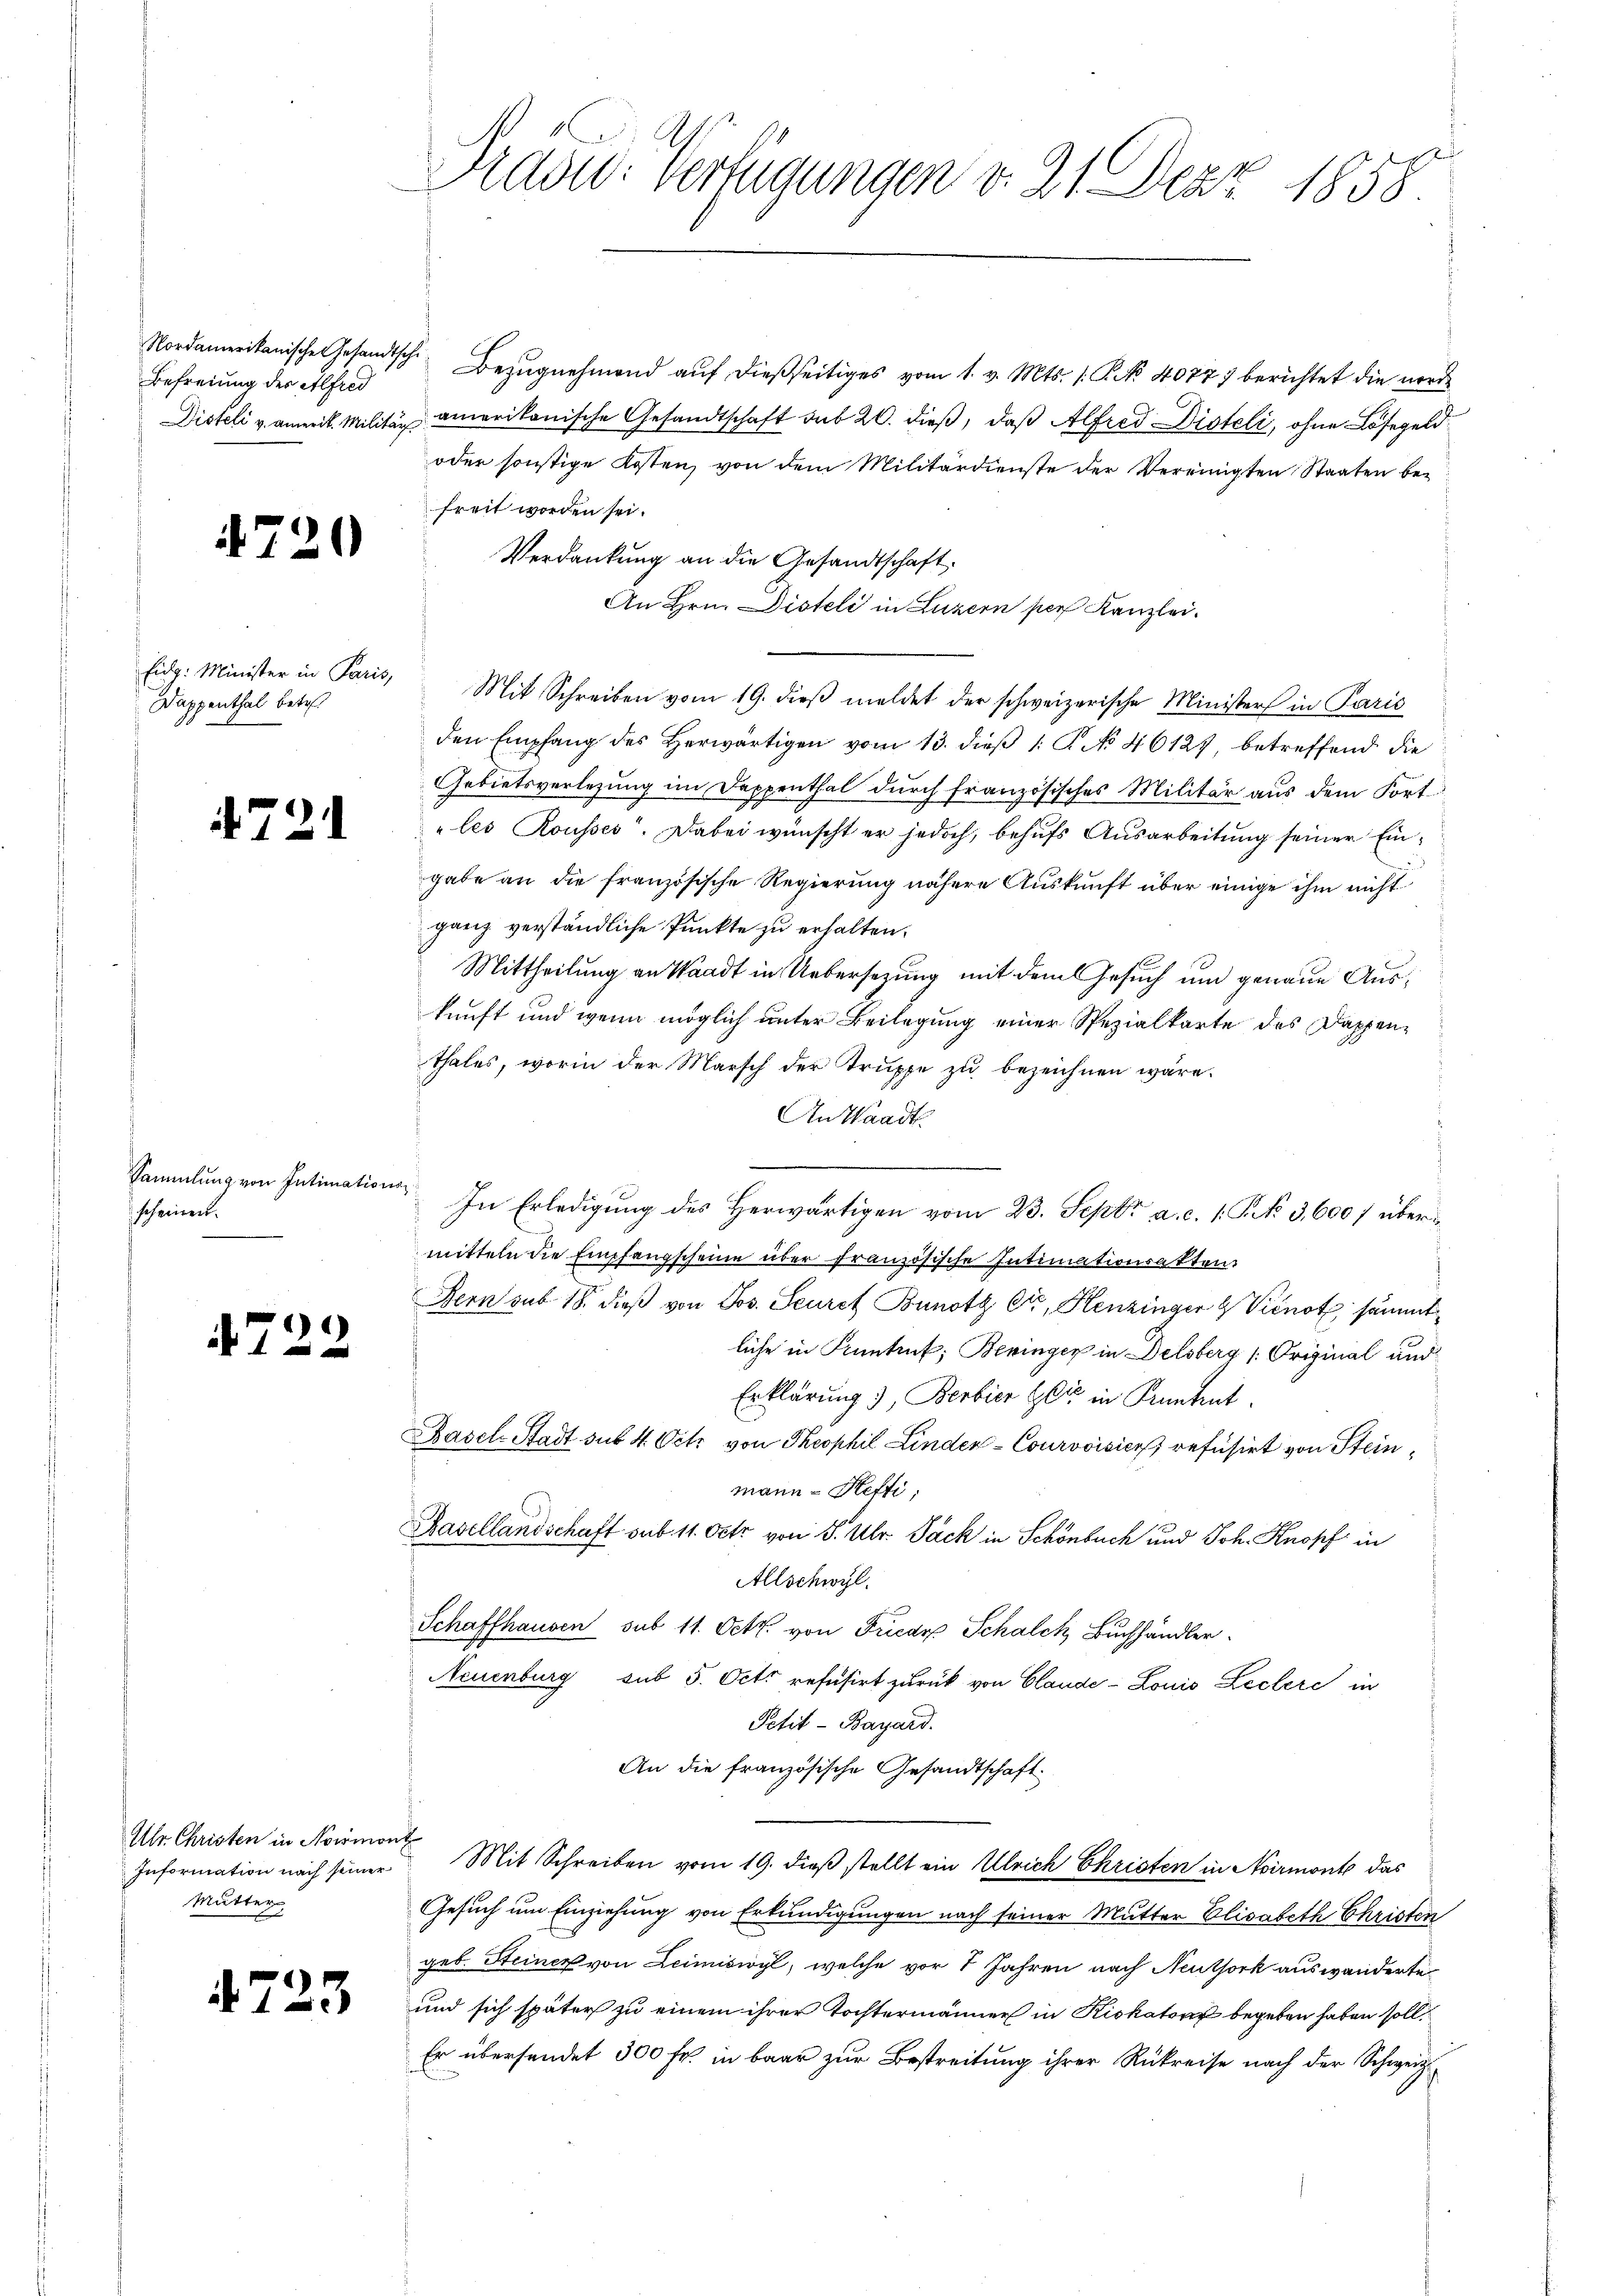
Befreiung der Alfred

720

Dappenthal betr.

721

Sammlung von Intimations
scheinert.

)
f 4 x

Ulr. Christen in Normont
Mutter

7

23

Nordamerikanische Gesandtsche Bezŭgnehmend aŭf dießseitiges vom 1. v. Mts. 1. K. N. 40777 berichtet die werde
Disfeli v. aneit. Militär amerikanische Gesandtschaft sub 20. dieß, daß Alfred Disteli, ohne Lösegeld¬
oder sonstige Kosten, von dem Militärdienste der Vereinigten Staaten befreit worden sei.
Verdankung an die Gesandtschaft.
An Hrn. Disteli in Luzern per Kanzlei.
Eidg. Minister in Paris, Mit Schreiben vom 19. dieβ meldet der schweizerische Ministers in Paris
den Empfang des herwärtigen vom 13. dieβ 1: P. No. 46127, betreffend die
Gebietsverlegung im Dappenthal durch französisches Militär aus dem Fort¬
„les Rousses. Dabei wünscht er jedoch, behufs Ausarbeitung seiner Eingabe an die französische Regierung nähere Auskunft über einige ihm nicht
ganz verständliche Punkte zu erhalten.
Mittheilung an Waadt in Uebersezung mit dem Gesuch um genaue Auskunft und wenn möglich unter Beilegung einer Spezialkarte des Dappenthales, worin der Marsch der Truppe zu bezeichnen wäre.
An Waadt

In Erledigung des Herwärtigen vom 23. Sept. a. c. 1. P. No 3,600 / übermitteln die Empfangscheine über französische Intimationsakten.
Bern sub 18. dieß von Jos. Seures Bunotz Ctr, Henzinger & Vicnot sämmtliche in Kuntrut; Beringer in Delsberg /: Original und
Erklärung), Berbier Zeit in Kenntent.
Basel Stadt sub 4 Vitz von Theophil Linden - Courvoisier refusirt von Steinmann - Hefti,
Basellandschaft sub 11. Octo von S. Ulr. Jack in Schönbuch und Joh. Knopf in
Allschwyl.
Schaffhausen sub 11. Octb. von Fricar Schalch Buchhändler
Neuenburg sub 5. Oct. refusirt zurück von Claude - Louis Leclere in
Petit - Bayard.
An die französische Gesandtschaft.
Information nach seiner Mit Schreiben vom 19. dieß stellt ein Ulrich Christen in Noirmont das
Gesuch um Einziehung von Erkundigungen nach seiner Mutter Elisabeth Christen
geb. Steiner von Leimiswyl, welche vor 8 Jahren nach Neuthork auswanderte
und sich später zu einem ihrer Tochtermänner in Kiskator begeben haben soll.
Er übersendet 300 Fr. in baar zur Bestreitung ihrer Rükreise nach der Schweiz

Präses Verfügungen v. 21. Dez. 1858.